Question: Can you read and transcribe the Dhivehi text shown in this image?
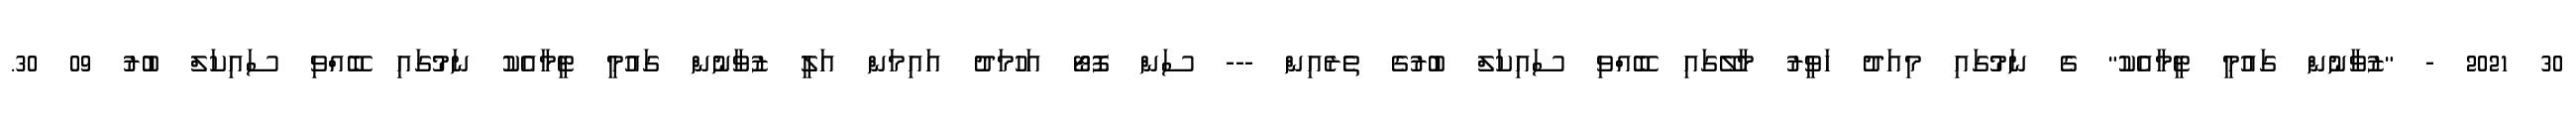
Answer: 30 2021 - "ޒުވާނުން ގައުމީ ޓީމާއެކު" ގެ ނަމުގައި މިއަދު ހަވީރު މާލޭގައި ބޭއްވި ސައިކަލް ބުރުގެ ތެރެއިން --- ސަން ފޮޓޯ އަހުމަދު އައިމަން އަލީ ޒުވާނުން ގައުމީ ޓީމާއެކު ނަމުގައި ބޭއްވި ސައިކަލް ބުރު 09 30.